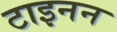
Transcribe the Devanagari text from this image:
टाइनन